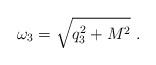
LaTeX: \begin{align*}\omega_3 = \sqrt{q_3^2+M^2} \ .\end{align*}